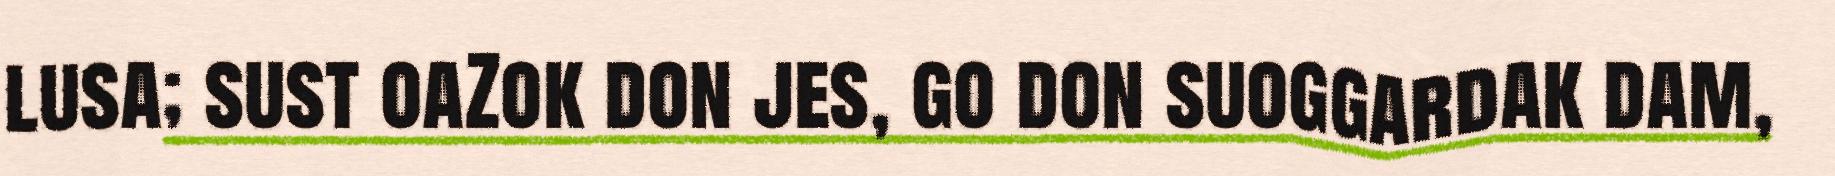
lusa; sust oaZok don jes, go don suoggardak dam,